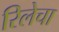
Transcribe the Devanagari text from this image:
रिलेचा